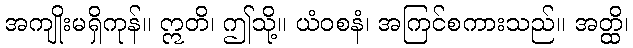
အကျိုးမရှိကုန်။ ဣတိ၊ ဤသို့။ ယံဝစနံ၊ အကြင်စကားသည်။ အတ္ထိ၊